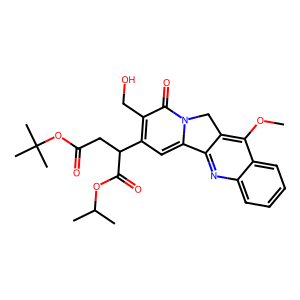
SMILES: COc1c2c(nc3ccccc13)-c1cc(C(CC(=O)OC(C)(C)C)C(=O)OC(C)C)c(CO)c(=O)n1C2
Inhibits HIV replication: No